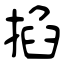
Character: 掐